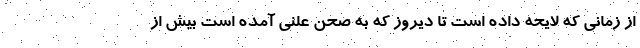
از زمانی که لایحه داده است تا دیروز که به صحن علنی آمده است بیش از